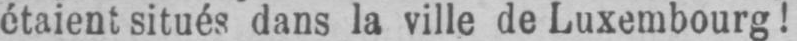
étaient situés dans la ville de Luxembourg!